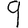
Digit: 9